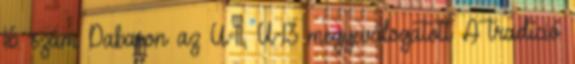
16. szám Dabason az U-11, U-13 megyeválogatott A tradíció